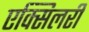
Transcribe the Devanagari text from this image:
एक्सिलरी